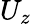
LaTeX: U_{z}